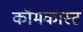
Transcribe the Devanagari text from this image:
कॉमकास्‍ट